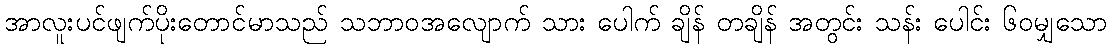
အာလူးပင်ဖျက်ပိုးတောင်မာသည် သဘာဝအလျောက် သား ပေါက် ချိန် တချိန် အတွင်း သန်း ပေါင်း ၆၀မျှသော